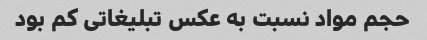
حجم مواد نسبت به عکس تبلیغاتی کم بود